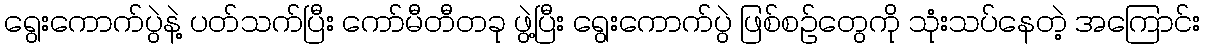
ရွေးကောက်ပွဲနဲ့ ပတ်သက်ပြီး ကော်မီတီတခု ဖွဲ့ပြီး ရွေးကောက်ပွဲ ဖြစ်စဉ်တွေကို သုံးသပ်နေတဲ့ အကြောင်း